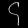
Digit: ၄